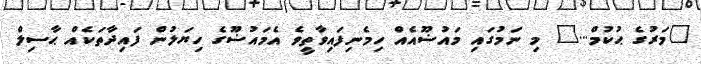
"މަރުގެ ޙުކުމް..." މި ނަމުގައި މައުޟޫއެއް ހިމެނިފައިވާތީވެ އެމައުޟޫގެ ހިޔަލުން ފައިދާތަކެއް ޙާސިލް